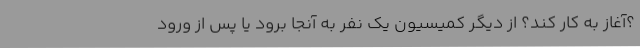
؟آغاز به کار کند؟ از دیگر کمیسیون یک نفر به آنجا برود یا پس از ورود